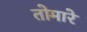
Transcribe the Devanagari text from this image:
तोमारे